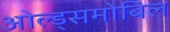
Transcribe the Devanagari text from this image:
ओल्ड्समोबिल